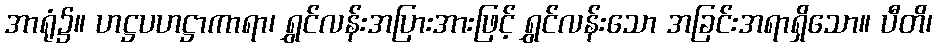
အာရုံ၌။ ဟဋ္ဌပဟဋ္ဌာကာရာ၊ ရွှင်လန်းအပြားအားဖြင့် ရွှင်လန်းသော အခြင်းအရာရှိသော။ ပီတိ၊